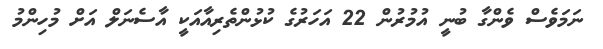
ނަމަވެސް ވެންގާ ބުނީ އުމުރުން 22 އަހަރުގެ ކުޅުންތެރިއާއަކީ އާސެނަލް އަށް މުހިންމު